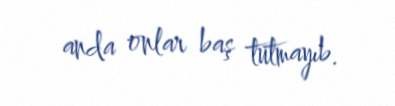
anda onlar baş tutmayıb.